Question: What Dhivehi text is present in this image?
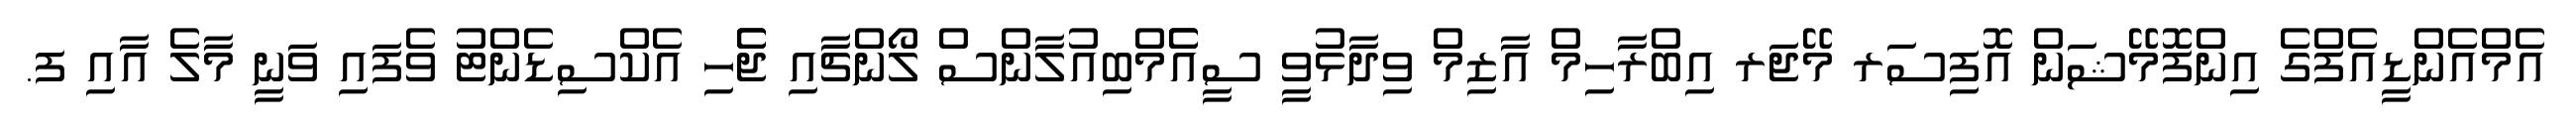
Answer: އެމްއެންޑީއެފްގެ އިންފޮމޭޝަން އޮފިސަރ މޭޖަރ އިބްރާހިމް އާޒިމް ވިދާޅުވީ ސީއެެމްބިއުލާންސް ލޯންޗާއި ޖެެހި އެކްސިޑެންޓު ވެފައި ވަނީ މާލެ އާއި ފ.